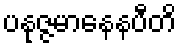
ပနုဇ္ဇမာနေနပီတိ